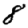
Digit: 8